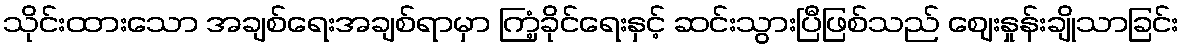
သိုင်းထားသော အချစ်ရေးအချစ်ရာမှာ ကြံ့ခိုင်ရေးနှင့် ဆင်းသွားပြီဖြစ်သည် ဈေးနှုန်းချိုသာခြင်း